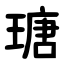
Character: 瑭